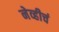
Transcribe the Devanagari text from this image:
नेव्हीचं